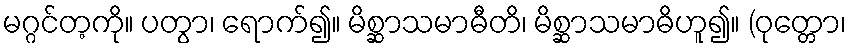
မဂ္ဂင်တ့ကို။ ပတွာ၊ ရောက်၍။ မိစ္ဆာသမာဓီတိ၊ မိစ္ဆာသမာဓိဟူ၍။ (ဝုတ္တော၊